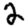
Digit: 2